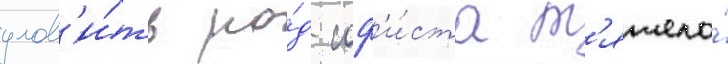
улов'и́ть ро́д соф'и́ста т'яжело́